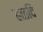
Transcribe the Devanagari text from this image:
हळदि